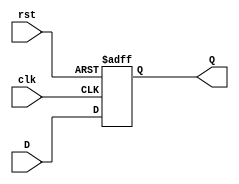
`timescale 1ns / 1ps
//////////////////////////////////////////////////////////////////////////////////
// Company: 
// Engineer: 
// 
// Design Name: 
// Module Name: DFlipFlop
// Project Name: 
// Target Devices: 
// Tool Versions: 
// Description: 
// 
// Dependencies: 
// 
// Revision:
// Revision 0.01 - File Created
// Additional Comments:
// 
//////////////////////////////////////////////////////////////////////////////////


module DFlipFlop(input clk,
                       rst,
                       D,
                output reg Q
    );
    always @ (posedge clk or posedge rst) 
    begin
     if (rst)
        Q <= 1'b0;
        else
        Q<=D;
    end

endmodule